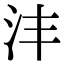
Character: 沣